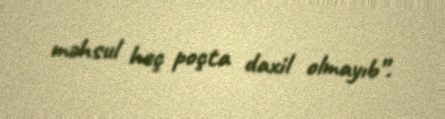
məhsul heç poçta daxil olmayıb”.